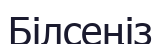
Білсеңіз